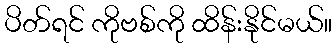
ပိတ်ရင် ကိုဗစ်ကို ထိန်းနိုင်မယ်။